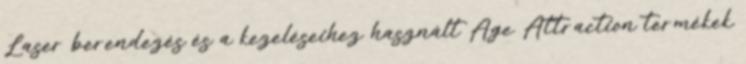
Laser berendezés és a kezeléseihez használt Age Attraction termékek